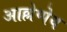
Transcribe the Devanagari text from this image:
आल्लेप्पेय